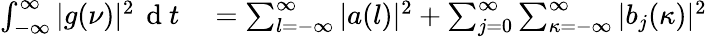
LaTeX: \begin{array}{rl}{\int_{-\infty}^{\infty}|g(\nu)|^{2}\, \mathrm{~d~}t}&{{}=\sum_{l=-\infty}^{\infty}|a(l)|^{2}+\sum_{j=0}^{\infty}\sum_{\kappa=-\infty}^{\infty}|b_{j}(\kappa)|^{2}}\end{array}